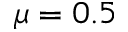
\mu = 0 . 5